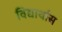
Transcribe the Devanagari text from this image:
विद्यार्थास